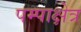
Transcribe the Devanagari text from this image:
पम्पाक्षेत्र